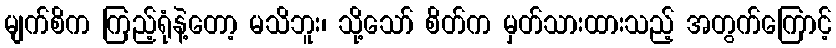
မျက်စိက ကြည့်ရုံနဲ့တော့ မသိဘူး၊ သို့သော် စိတ်က မှတ်သားထားသည့် အတွက်ကြောင့်